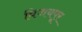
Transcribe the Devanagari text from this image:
विजयपूर